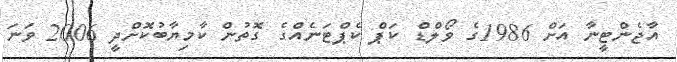
އާޖެންޓީނާ އަށް 1986ގެ ވޯލްޑް ކަޕް ކެޕްޓަނެއްގެ ގޮތުން ކާމިޔާބުކޮށްދީ 2006 ވަނަ